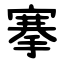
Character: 搴